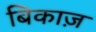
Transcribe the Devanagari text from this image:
बिकाज़